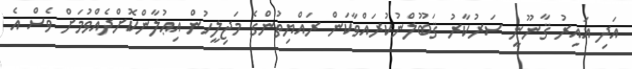
އަދި ޣައިރު ޤާނޫނީ ސަރުކާރު ޤަބޫލްނުކުރައްވާކަން ރައްޔިތުންގެ މަޖިލީހުން އިޢުލާންކޮށްދެއްވުމަށް ވެސް އެ